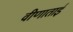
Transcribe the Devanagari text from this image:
वीणाताई